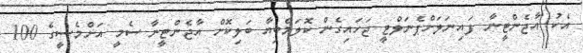
އެކު އާޖެންޓީނާ ފައިނަލަށްޕެނަލްޓީ ޖަހައިގެން ކޮލަމްބިއާ ބަލިކޮށް އާޖެންޓީނާ ސެމީ އަށްމެސީގެ 100